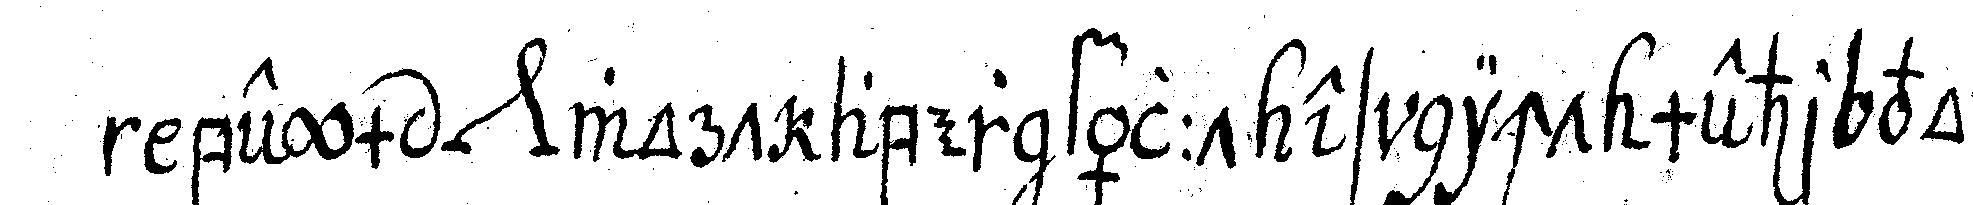
beym *nee* wort aber fällt es nicht mehr vor .